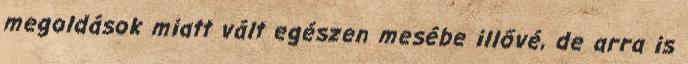
megoldások miatt vált egészen mesébe illővé, de arra is